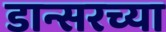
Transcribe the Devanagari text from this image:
डान्सरच्या